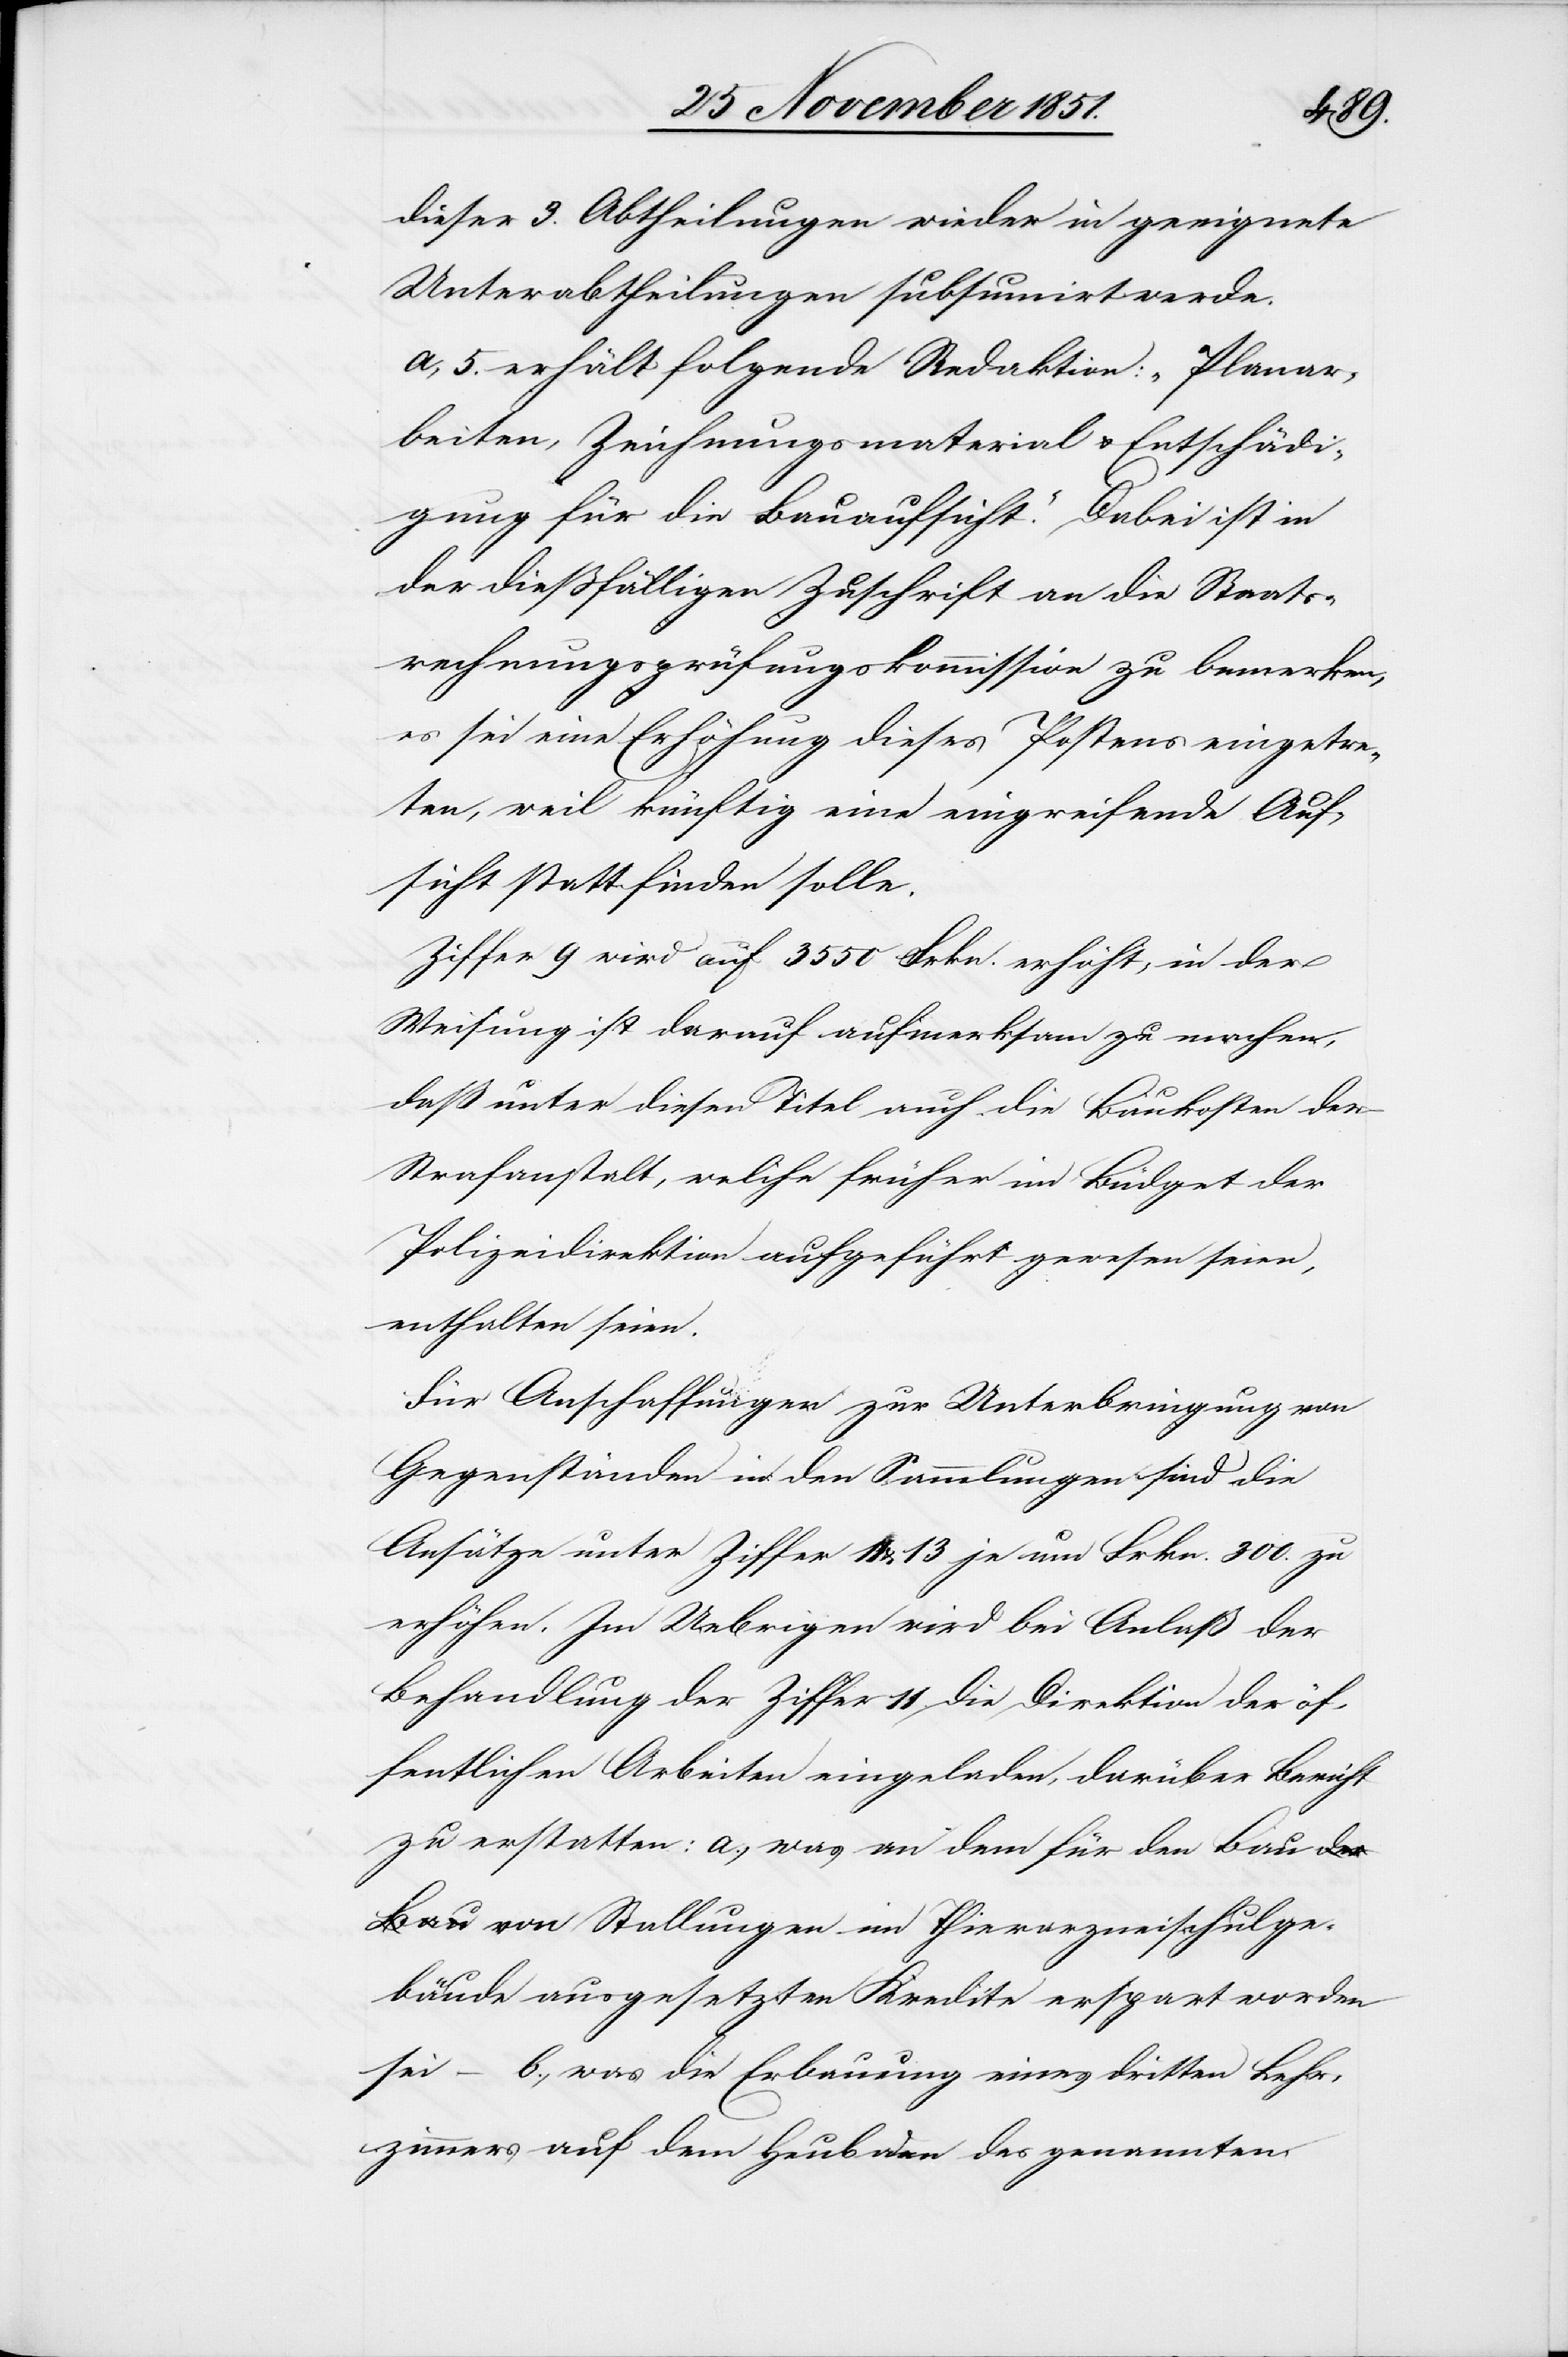
dieser 3. Abtheilungen wieder in geeignete
Unterabtheilungen subsumirt werde.
a, 5. erhält folgende Redaktion: „Planar¬
beiten, Zeichnungsmaterial & Entschädi¬
gung für die Bauaufsicht.“ Dabei ist in
der dießfälligen Zuschrift an die Staats¬
rechnungsprüfungskommission zu bemerken,
es sei eine Erhöhung dieses Postens eingetre¬
ten, weil künftig eine eingreifende Auf¬
sicht stattfinden solle.
Ziffer 9 wird auf 3550 Frkn. erhöht; in der
Weisung ist darauf aufmerksam zu machen,
daß unter diesen Titel auch die Baukosten der
Strafanstalt, welche früher im Büdget der
Polizeidirektion aufgeführt gewesen seien,
enthalten seien.
Für Anschaffungen zur Unterbringung von
Gegenständen in den Sammlungen sind die
Ansätze unter Ziffer 11 & 13 je um Frkn. 300. zu
erhöhen. Im Uebrigen wird bei Anlaß der
Behandlung der Ziffer 11. die Direktion der öf¬
fentlichen Arbeiten eingeladen, darüber Bericht
zu erstatten: a.) was an dem für den Ba¬
u von Stallungen im Thierarzneischulge¬
bäude ausgesetzten Kredite erspart worden
sei – b., was die Erbauung eines dritten Lehr¬
zimmers auf dem Heuboden des genannten